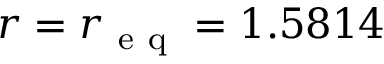
r = r _ { \mathrm { ~ e ~ q ~ } } = 1 . 5 8 1 4